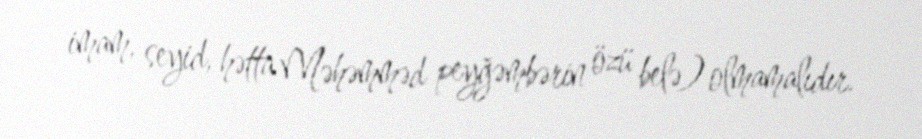
imam, seyid, hətta Məhəmməd peyğəmbərin özü belə) olmamalıdır.